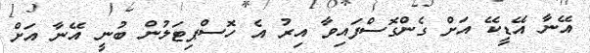
އޭނާ އޭޑީކޭ އަށް ގެންގޮސްފައިވާ އިރު އެ ހޮސްޕިޓަލުން ބުނީ އޭނާ އަށް